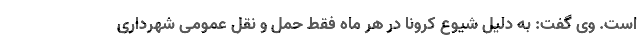
است. وی گفت: به دلیل شیوع کرونا در هر ماه فقط حمل و نقل عمومی شهرداری